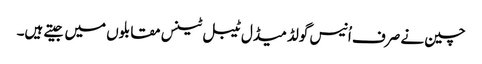
چین نے صرف اُنیس گولڈ میڈل ٹیبل ٹینس مقابلوں میں جیتے ہیں۔